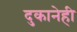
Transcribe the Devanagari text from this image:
दुकानेही